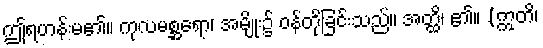
ဤရဟန်းမ၏။ ကုလမစ္ဆရော၊ အမျိုး၌ ဝန်တိုခြင်းသည်။ အတ္ထိ၊ ၏။ (ဣတိ၊